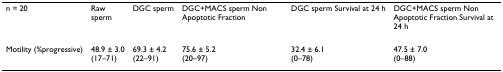
| n = 20 | Rawsperm | DGC sperm | DGC+MACS sperm Non Apoptotic Fraction | DGC sperm Survival at 24 h | DGC+MACS sperm Non Apoptotic Fraction Survival at 24 h |
 | --- | --- | --- | --- | --- | --- |
 | Motility (%progressive) | 48.9 ± 3.0(17–71) | 69.3 ± 4.2(22–91) | 75.6 ± 5.2(20–97) | 32.4 ± 6.1(0–78) | 47.5 ± 7.0(0–88) |